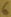
Text: 6